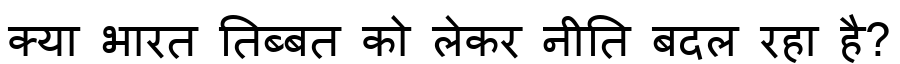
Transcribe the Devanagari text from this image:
क्या भारत तिब्बत को लेकर नीति बदल रहा है?